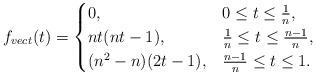
LaTeX: \begin{align*}f_{vect}(t) = \begin{cases}0, & 0 \le t \le \frac{1}{n}, \\nt(nt-1), & \frac{1}{n} \le t \le \frac{n-1}{n}, \\(n^2-n)(2t-1), & \frac{n-1}{n} \le t\le 1.\end{cases} \end{align*}